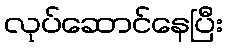
လုပ်ဆောင်နေပြီး